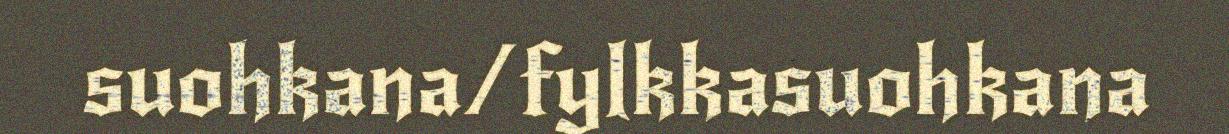
suohkana/fylkkasuohkana